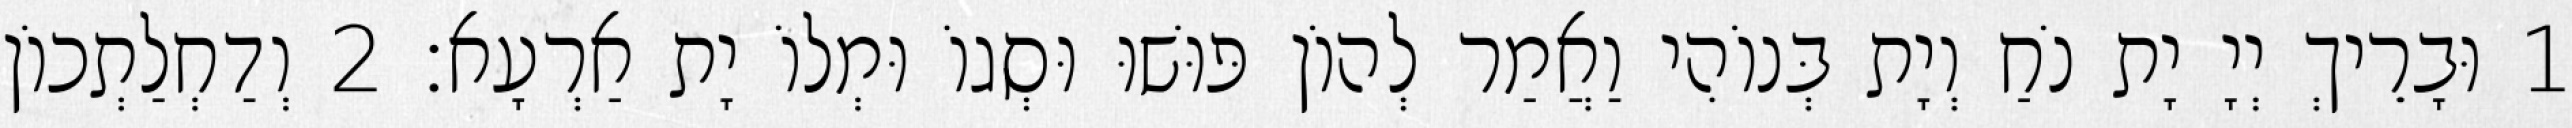
1 וּבָרֵיךְ יְיָ יָת נֹחַ וְיָת בְּנוֹהִי וַאֲמַר לְהוֹן פּוּשׁוּ וּסְגוֹ וּמְלוֹ יָת אַרְעָא׃ 2 וְדַחְלַתְכוֹן